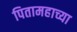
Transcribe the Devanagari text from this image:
पितामहाच्या